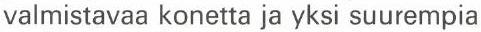
valmistavaa konetta ja yksi suurempia